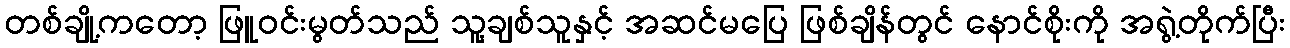
တစ်ချို့ကတော့ ဖြူဝင်းမွတ်သည် သူ့ချစ်သူနှင့် အဆင်မပြေ ဖြစ်ချိန်တွင် နောင်စိုးကို အရွဲ့တိုက်ပြီး